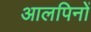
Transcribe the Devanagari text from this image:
आलपिनों